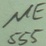
Text: NE555